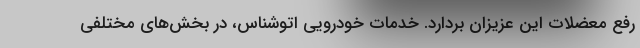
رفع معضلات این عزیزان بردارد. خدمات خودرویی اتوشناس، در بخش‌های مختلفی